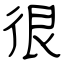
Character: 很